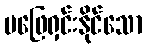
မဖြေရှင်းနိုင်သော